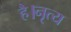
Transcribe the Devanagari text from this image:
है।नृत्य